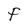
Character: F